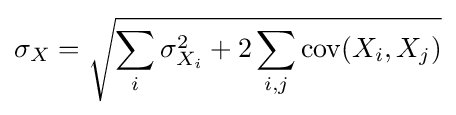
\sigma _{X}={\sqrt {\sum _{i}{\sigma _{X_{i}}^{2}}+2\sum _{i,j}\operatorname {cov} (X_{i},X_{j})}}